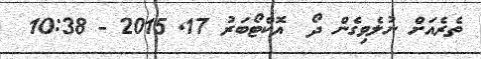
ތެރެއަށް ނުލެވިގެން ދޯ  އޮކްޓޯބަރު 17